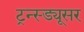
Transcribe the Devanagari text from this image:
ट्रन्स्ड्यूसर